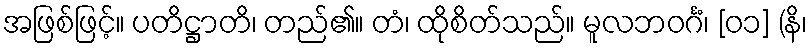
အဖြစ်ဖြင့်။ ပတိဋ္ဌာတိ၊ တည်၏။ တံ၊ ထိုစိတ်သည်။ မူလဘဝင်္ဂံ၊ [၀၁] (နိ၊